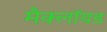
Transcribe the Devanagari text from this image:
मैक्लॉयड